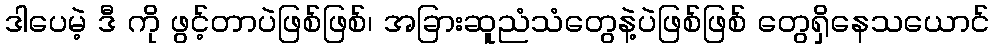
ဒါပေမဲ့ ဒီ ကို ဖွင့်တာပဲဖြစ်ဖြစ်၊ အခြားဆူညံသံတွေနဲ့ပဲဖြစ်ဖြစ် တွေရှိနေသယောင်